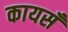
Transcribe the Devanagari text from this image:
कायसँ